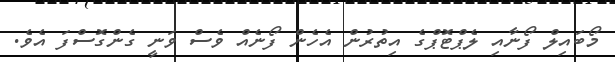
މޯބައިލް ފޯނާއި ލެޕްޓޮޕްގެ އިތުރުން އެހެން ފޯނެއް ވެސް ވަނީ ގެންގޮސްފަ އެވެ.